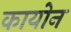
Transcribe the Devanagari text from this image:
कायोन